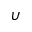
\upsilon